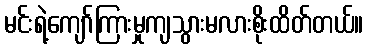
မင်းရဲ့ကျော်ကြားမှုကျသွားမလားစိုးထိတ်တယ်။